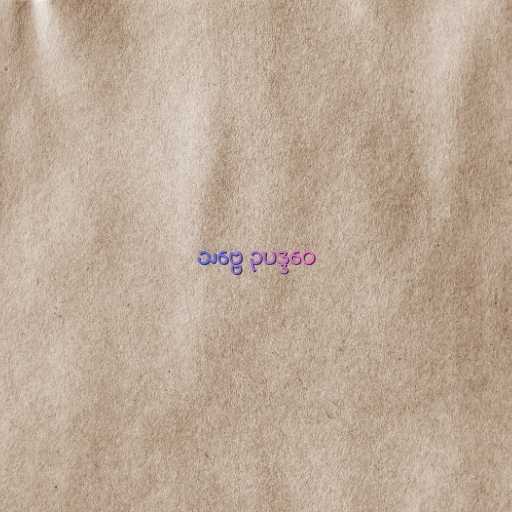
သဗ္ဗေ ဥပဒ္ဒဝေ